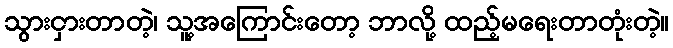
သွားငှားတာတဲ့၊ သူ့အကြောင်းတော့ ဘာလို့ ထည့်မရေးတာတုံးတဲ့။